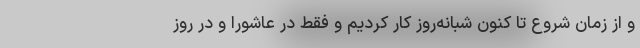
و از زمان شروع تا کنون شبانه‌روز کار کردیم و فقط در عاشورا و در روز